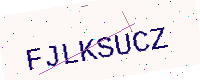
Text: FJLKSUCZ